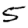
Digit: 5